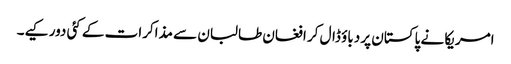
امریکا نے پاکستان پر دباؤ ڈال کر افغان طالبان سے مذاکرات کے کئی دور کیے۔